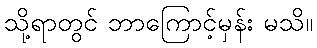
သို့ရာတွင် ဘာကြောင့်မှန်း မသိ။